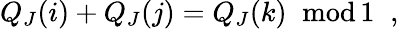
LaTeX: Q_{J}(i)+Q_{J}(j)=Q_{J}(k)\; \; \mathrm{mod}\, 1\; \; ,